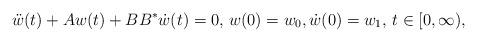
LaTeX: \begin{align*}\ddot{w}(t) + A w(t) + BB^* \dot{w}(t) = 0, \, w(0) = w_0, \dot{w}(0) = w_1, \, t \in [0,\infty),\end{align*}